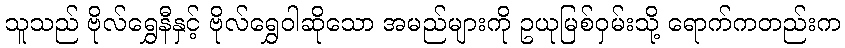
သူသည် ဗိုလ်ရွှေနီနှင့် ဗိုလ်ရွှေဝါဆိုသော အမည်များကို ဥယုမြစ်ဝှမ်းသို့ ရောက်ကတည်းက